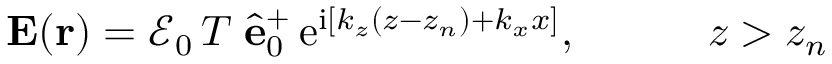
\begin{array} { r } { { \bf E } ( { \bf r } ) = \mathcal { E } _ { 0 } \, T \; \hat { \bf e } _ { 0 } ^ { + } \, \mathrm { e } ^ { \mathrm { i } [ k _ { z } ( z - z _ { n } ) + k _ { x } x ] } , \quad \quad \quad z > z _ { n } } \end{array}